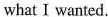
what I wanted.